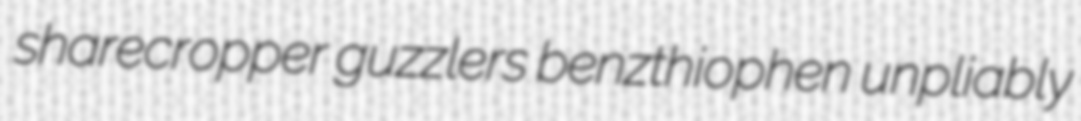
sharecropper guzzlers benzthiophen unpliably